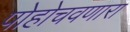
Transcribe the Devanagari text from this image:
पोहोचवणारा